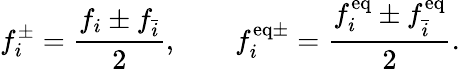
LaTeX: f_{i}^{\pm}=\frac{f_{i}\pm f_{\bar{i}}}{2},\qquad f_{i}^{\mathrm{eq\pm}}=\frac{f_{i}^{\mathrm{eq}}\pm f_{\bar{i}}^{\mathrm{eq}}}{2}.